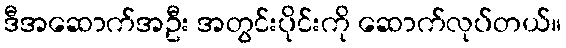
ဒီအဆောက်အဦး အတွင်းပိုင်းကို ဆောက်လုပ်တယ်။